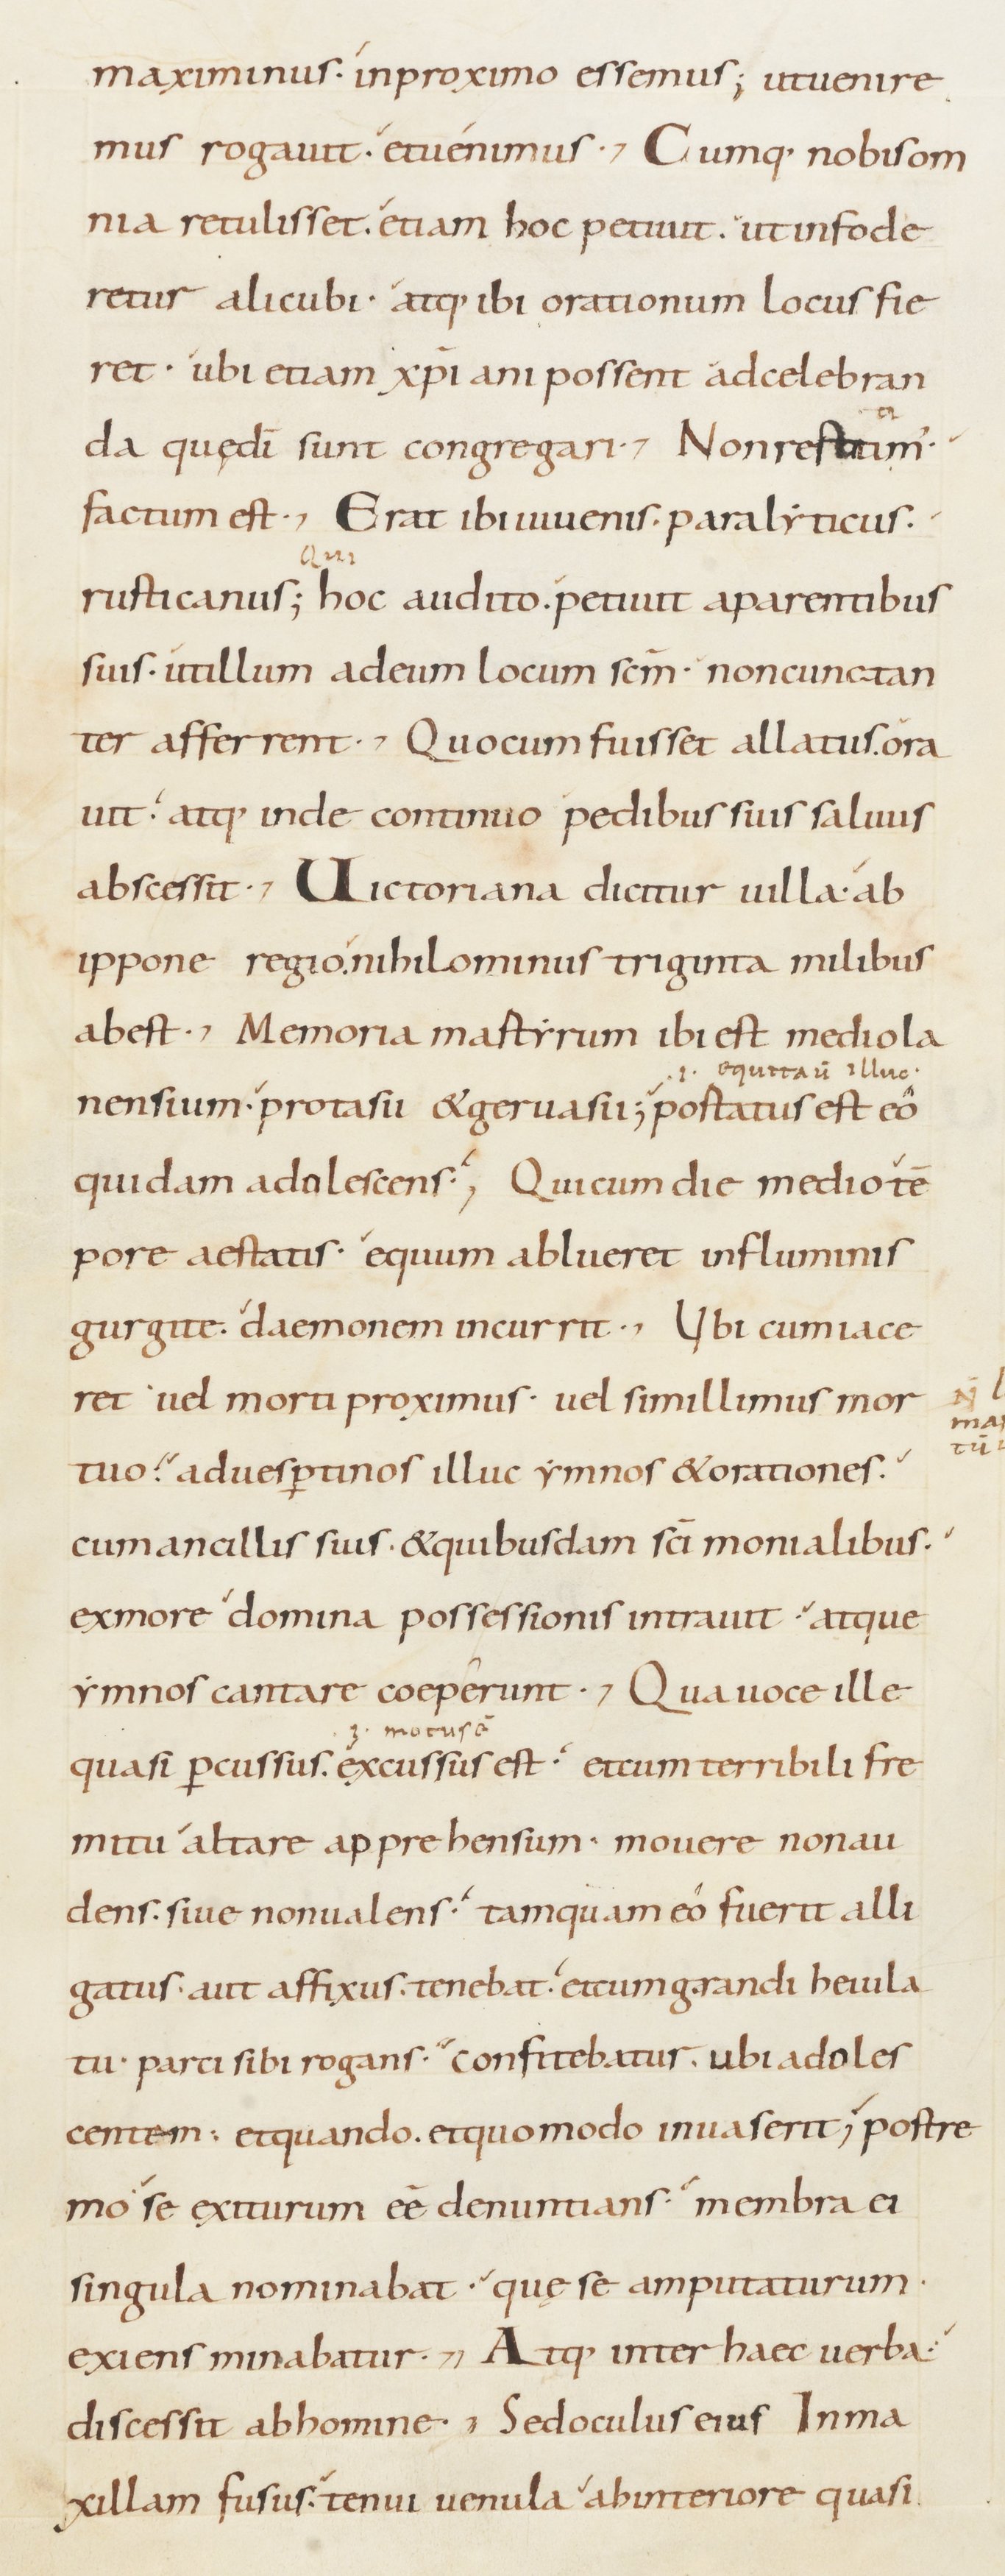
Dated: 800–899